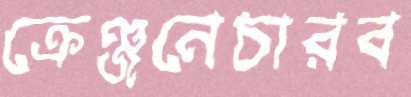
ক্রেঞ্জনেচারব